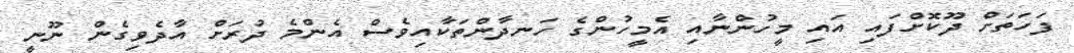
ފަހަތަށް ދޫކޮށްފައި އައި މީހުންނާއި އެމީހުންގެ ހަނދާންތަކާއިވެސް އެންމެ ދުރަށް އާދެވިގެން ނޫނީ